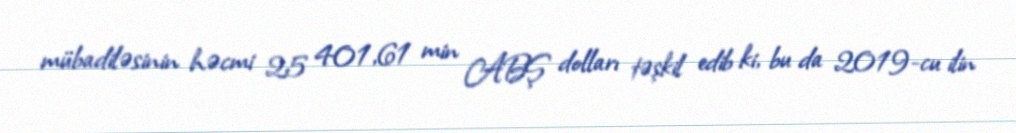
mübadiləsinin həcmi 25 401,61 min ABŞ dolları təşkil edib ki, bu da 2019-cu ilin